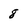
Character: 8